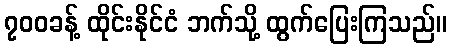
၇၀၀ခန့် ထိုင်းနိုင်ငံ ဘက်သို့ ထွက်ပြေးကြသည်။